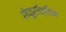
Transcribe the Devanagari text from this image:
सेफ़ुरॉक्सिम